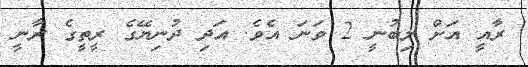
ރާއީ އަށް ލިބުނީ 2 ވަނަ އެވެ. އަދި ދުނިޔޭގެ ރީތީގެ ރާނީ